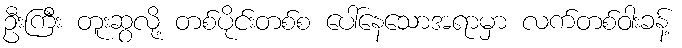
ဦးကြီး တူးဆွလို့ တစ်ပိုင်းတစ်စ ပေါ်နေသောအရာမှာ လက်တစ်ဝါးခန့်